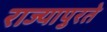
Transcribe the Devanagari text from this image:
राज्यापुरते